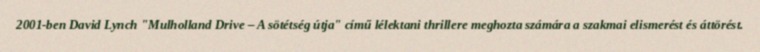
2001-ben David Lynch "Mulholland Drive – A sötétség útja" című lélektani thrillere meghozta számára a szakmai elismerést és áttörést.